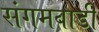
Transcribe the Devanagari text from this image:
संगमवाडी